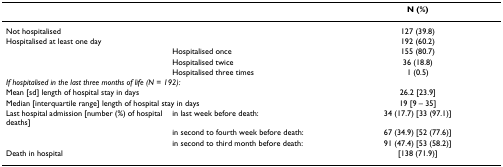
<table><thead><tr><td></td><td></td><td><b>N (%)</b></td></tr></thead><tbody><tr><td>Not hospitalised</td><td></td><td>127 (39.8)</td></tr><tr><td>Hospitalised at least one day</td><td></td><td>192 (60.2)</td></tr><tr><td></td><td>Hospitalised once</td><td>155 (80.7)</td></tr><tr><td></td><td>Hospitalised twice</td><td>36 (18.8)</td></tr><tr><td></td><td>Hospitalised three times</td><td>1 (0.5)</td></tr><tr><td colspan="3"><i>If hospitalised in the last three months of life (N = 192):</i></td></tr><tr><td colspan="2">Mean [sd] length of hospital stay in days</td><td>26.2 [23.9]</td></tr><tr><td colspan="2">Median [interquartile range] length of hospital stay in days</td><td>19 [9 – 35]</td></tr><tr><td>Last hospital admission [number (%) of hospital deaths]</td><td>in last week before death:</td><td>34 (17.7) [33 (97.1)]</td></tr><tr><td></td><td>in second to fourth week before death:</td><td>67 (34.9) [52 (77.6)]</td></tr><tr><td></td><td>in second to third month before death:</td><td>91 (47.4) [53 (58.2)]</td></tr><tr><td>Death in hospital</td><td></td><td>[138 (71.9)]</td></tr></tbody></table>